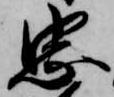
忠